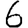
Digit: 6